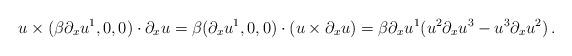
LaTeX: \begin{align*}u\times (\beta \partial_xu^{1},0,0)\cdot \partial_x u=\beta (\partial_xu^{1},0,0)\cdot (u\times\partial_x u)=\beta\partial_xu^1 (u^2\partial_x u^3-u^3\partial_x u^2)\, .\end{align*}